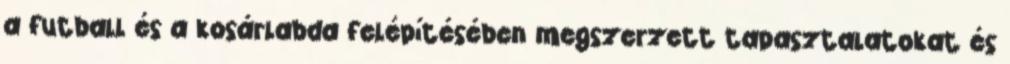
a futball és a kosárlabda felépítésében megszerzett tapasztalatokat és